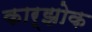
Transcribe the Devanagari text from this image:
कार्झोक